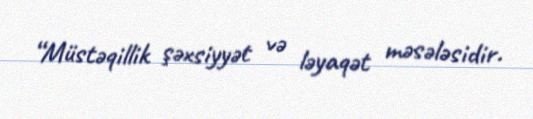
“Müstəqillik şəxsiyyət və ləyaqət məsələsidir.